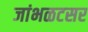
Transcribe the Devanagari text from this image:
जांभळटसर